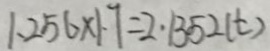
1 . 2 5 6 \times 1 . 7 = 2 \cdot 1 3 5 2 ( t )